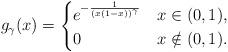
LaTeX: \begin{align*} g_\gamma(x)= \begin{cases} e^{- \frac{1}{(x(1-x))^\gamma}} & x \in (0,1 ), \\ 0 & x \notin (0, 1). \end{cases}\end{align*}